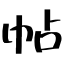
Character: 帖